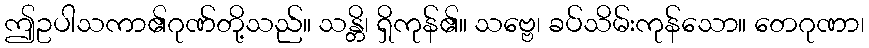
ဤဥပါသကာ၏ဂုဏ်တို့သည်။ သန္တိ၊ ရှိကုန်၏။ သဗ္ဗေ၊ ခပ်သိမ်းကုန်သော။ တေဂုဏာ၊